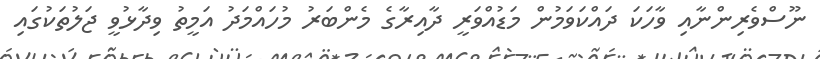
ނޫސްވެރިންނާއި ވާހަކަ ދައްކަވަމުން މަޑުއްވަރީ ދާއިރާގެ މެންބަރު މުހައްމަދު އަމީތު ވިދާޅުވީ ޖަލުތަކުގައި